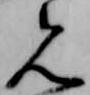
見